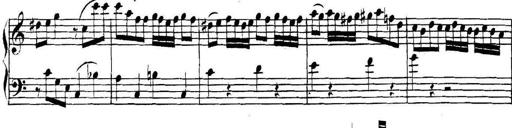
Title: Collected Piano Sonatas
Composer: Muzio Clementi